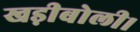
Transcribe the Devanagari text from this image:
खड़ीबोली।